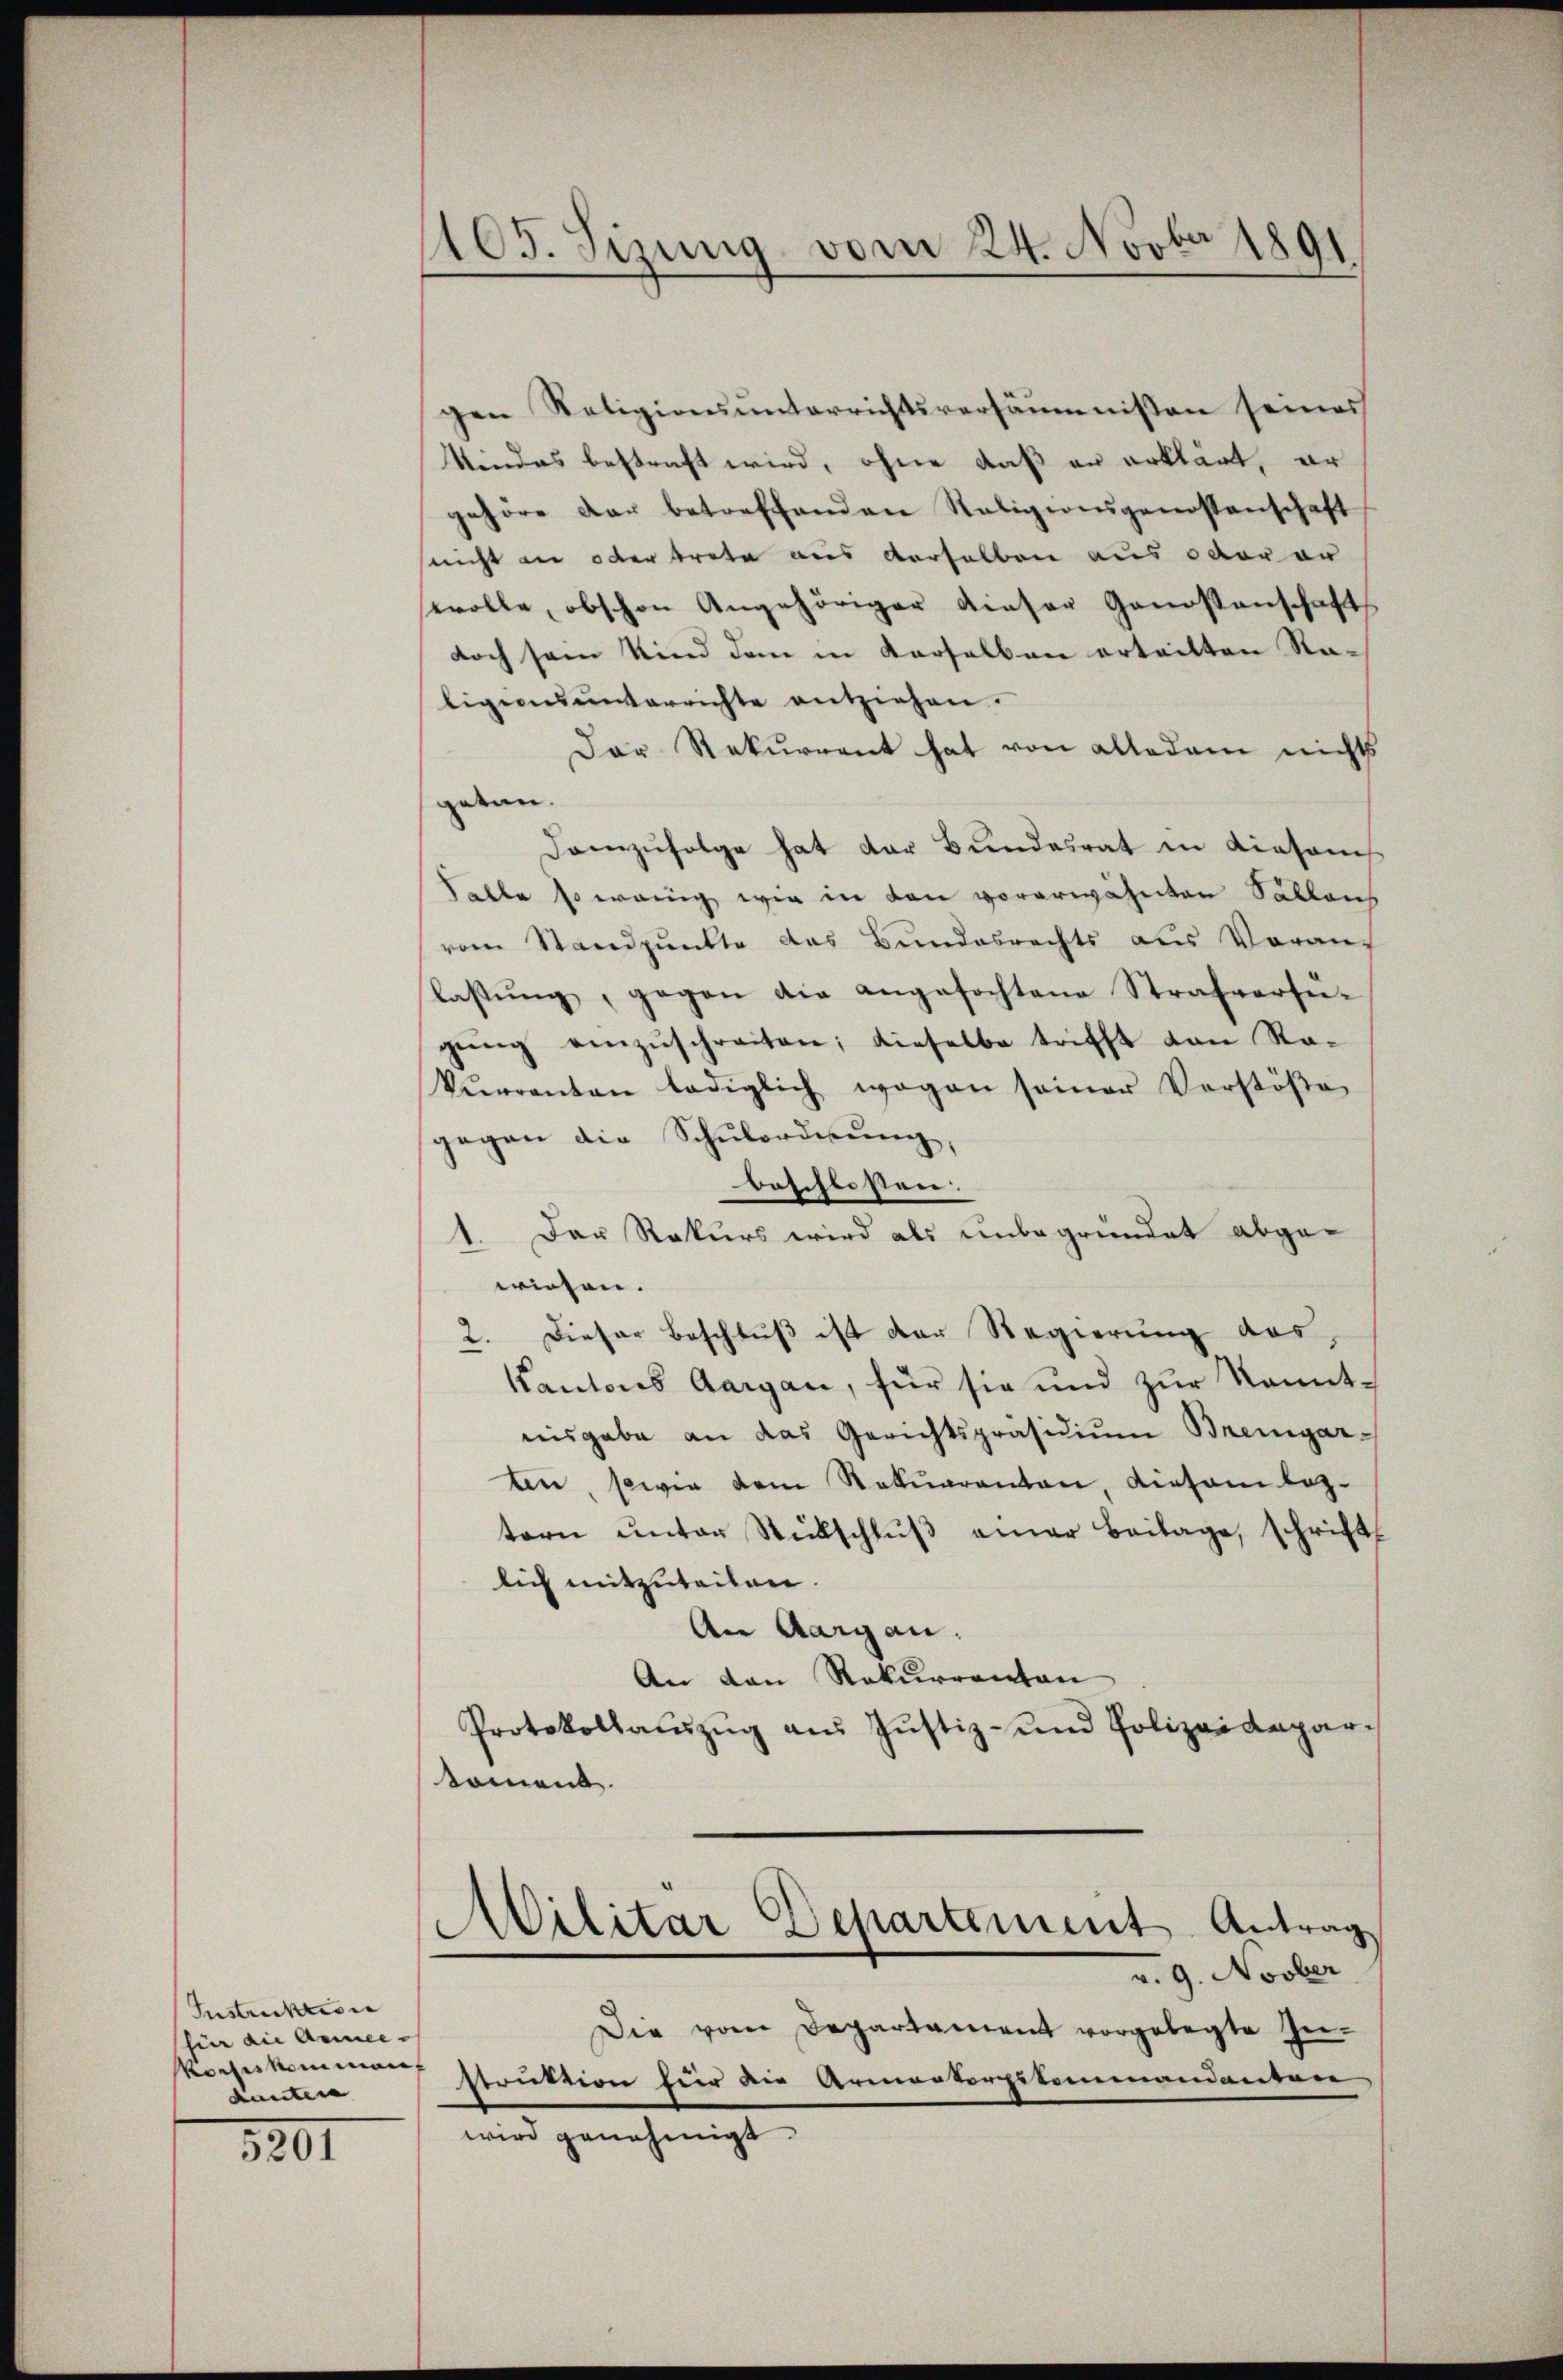
Instruktion |
shin die Armee-
Konseskommen
danten

520.

gen Religionsunterrichtsversäumnissen seines
Kindes bestraft wird, ohne daß er erklärt, er
gehöre der betreffenden Religionsgenossenschaft
nicht die oder trate aus derselben aus oderar
wolle, obschon Angehöriger dieser Genossenschaft
doch sein Kind dem in derselben erteilten Raligionsunterrichte entziehen.
Der Rekurrent hat von allodem nichts
getan.
Demzufolge hat der Bundesrat in diesens
Falle so wenig wie in den vorerwähnten Salleich
vom Standpunkte das Bundesrechts aus Vorauf
lassŭng, gegen die angefochtene Strafversugŭng einzŭschreiten; dieselbe trifft von Ra-
Veranten lediglich wagen seiner Verstöβe
gegen die Schulordnung,
beschlossen:
1. Der Rekurs wird als unbegründet abge-
wiesen.
2. Dieser Beschluß ist der Regierung des
Kantons Aargau, für sie und zur Kenntnisgabe an das Gerichtspräsidium Bremgarten, sowie dem Rekurrenten, diesem leztern unter Rückschlŭβ einer Beilage, schricht
lich mitzuteilen.
An Aargau.
An den Rekurrenton
Protokollaŭszŭg aŭs Jŭstiz- und Polizeidepar-
koment.

1105. Sizung vom 24. Novbr 1891

Militar Departement. Antrag
v. 9. Novber

Die vom Departament vorgelegte In-
struktion für die Armenterpitommandarmer
wird genehmigt.